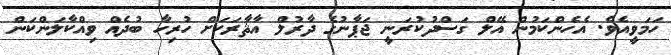
ހަމަވީއެވެ. އެހެންކަމުން އޭލް ގަސްދުކުރަނީ ޖަޕާނުގެ ދާރުލް އާޘާރަކަށް ހުރިހާ ބުދެއް ވިއްކާލަންކަން